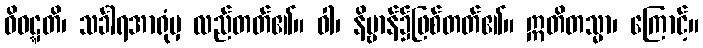
ဝိဝဋ္ဋတိ၊ သင်္ခါရအာရုံမှ လည်တတ်၏။ ဝါ၊ နိဗ္ဗာန်၌ဖြစ်တတ်၏။ ဣတိတသ္မာ၊ ကြောင့်။